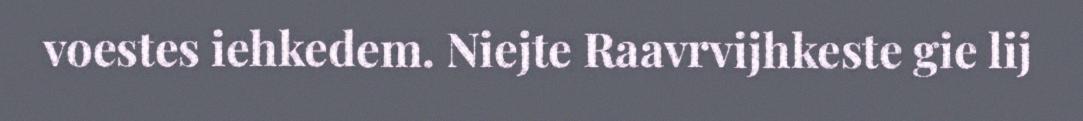
voestes iehkedem. Niejte Raavrvijhkeste gie lij